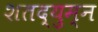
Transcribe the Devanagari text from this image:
शतद्युम्न